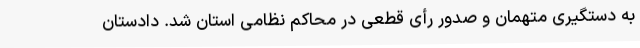
به دستگیری متهمان و صدور رأی قطعی در محاکم نظامی استان شد. دادستان